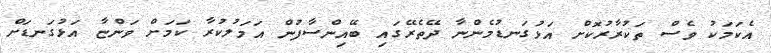
އެކަމަކު ވެސް ތަކުރާރުކޮށް އަޅުގަނޑުމެންނާ ދޭތެރޭގައި ބޭއިންސާފުން އަމަލުކުރާ ކަމަށް ވަންޏާ އަޅުގަނޑަށް